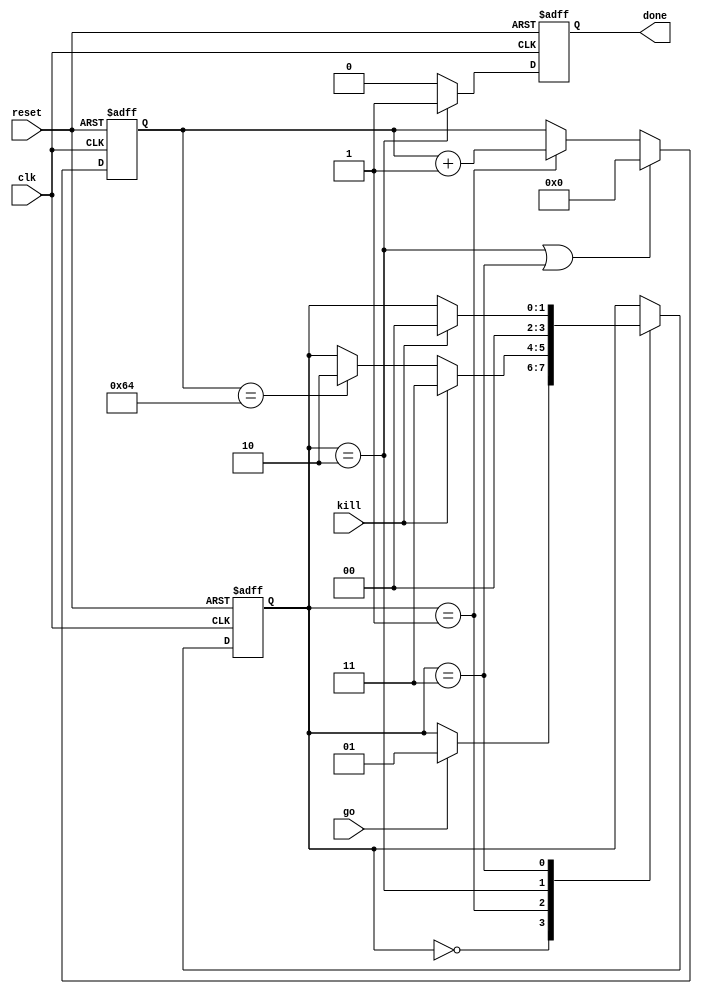
module statemachine(
    input clk,
    input reset,
    input go,
    input kill,
    output reg done);

    reg[1:0]state_reg;
    reg[6:0]count;

    // State machine parameters
    parameter idel =2'b00;
    parameter active = 2'b01;
    parameter finish = 2'b10;
    parameter abort = 2'b11;

    // State machine
    always @(posedge clk or posedge reset) begin
        if(reset) state_reg = idel;
        else
        case(state_reg)

        idel: if(go) state_reg <= active;
        
        active: if(kill) state_reg <= abort;
        else if (count == 7'd100) state_reg <= finish;

        finish: state_reg <= idel;

        abort: if(kill) state_reg <= idel;

        default: state_reg <= idel;
        
        endcase 
    end

    // Counter
    always @(posedge clk or posedge reset) begin
        if (reset) count <= 7'h00;
        else if (state_reg == finish || state_reg  == abort) count <=7'h00;
        else if (state_reg == active) count <= count + 1;

    end

    // Done register
    always @(posedge clk or posedge reset) begin
        if (reset) done <= 1'b0 ;
        else if (state_reg == finish) done = 1'b1 ;
        else done = 1'b0 ;
    end

endmodule